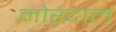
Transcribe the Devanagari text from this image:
नोरदाल